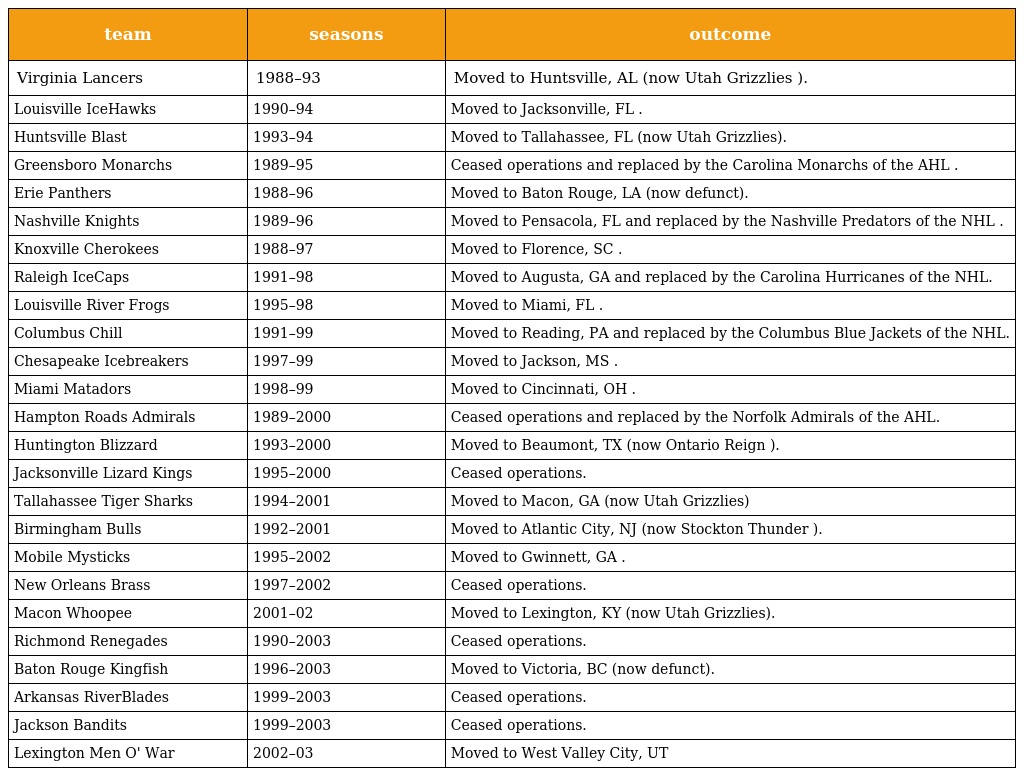
| team | seasons | outcome |
 | --- | --- | --- |
 | Virginia Lancers | 1988–93 | Moved to Huntsville, AL (now Utah Grizzlies ). |
 | Louisville IceHawks | 1990–94 | Moved to Jacksonville, FL . |
 | Huntsville Blast | 1993–94 | Moved to Tallahassee, FL (now Utah Grizzlies). |
 | Greensboro Monarchs | 1989–95 | Ceased operations and replaced by the Carolina Monarchs of the AHL . |
 | Erie Panthers | 1988–96 | Moved to Baton Rouge, LA (now defunct). |
 | Nashville Knights | 1989–96 | Moved to Pensacola, FL and replaced by the Nashville Predators of the NHL . |
 | Knoxville Cherokees | 1988–97 | Moved to Florence, SC . |
 | Raleigh IceCaps | 1991–98 | Moved to Augusta, GA and replaced by the Carolina Hurricanes of the NHL. |
 | Louisville River Frogs | 1995–98 | Moved to Miami, FL . |
 | Columbus Chill | 1991–99 | Moved to Reading, PA and replaced by the Columbus Blue Jackets of the NHL. |
 | Chesapeake Icebreakers | 1997–99 | Moved to Jackson, MS . |
 | Miami Matadors | 1998–99 | Moved to Cincinnati, OH . |
 | Hampton Roads Admirals | 1989–2000 | Ceased operations and replaced by the Norfolk Admirals of the AHL. |
 | Huntington Blizzard | 1993–2000 | Moved to Beaumont, TX (now Ontario Reign ). |
 | Jacksonville Lizard Kings | 1995–2000 | Ceased operations. |
 | Tallahassee Tiger Sharks | 1994–2001 | Moved to Macon, GA (now Utah Grizzlies) |
 | Birmingham Bulls | 1992–2001 | Moved to Atlantic City, NJ (now Stockton Thunder ). |
 | Mobile Mysticks | 1995–2002 | Moved to Gwinnett, GA . |
 | New Orleans Brass | 1997–2002 | Ceased operations. |
 | Macon Whoopee | 2001–02 | Moved to Lexington, KY (now Utah Grizzlies). |
 | Richmond Renegades | 1990–2003 | Ceased operations. |
 | Baton Rouge Kingfish | 1996–2003 | Moved to Victoria, BC (now defunct). |
 | Arkansas RiverBlades | 1999–2003 | Ceased operations. |
 | Jackson Bandits | 1999–2003 | Ceased operations. |
 | Lexington Men O' War | 2002–03 | Moved to West Valley City, UT |